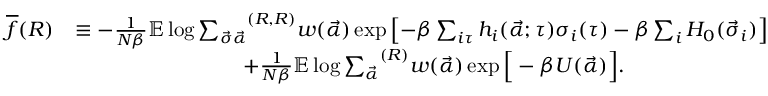
\begin{array} { r l } { \overline { { f } } ( R ) } & { \equiv - \frac { 1 } { N \beta } \mathbb { E } \log { { \sum _ { \vec { \sigma } \vec { \alpha } } } ^ { ( R , R ) } w ( \vec { \alpha } ) \exp { \left[ - \beta \sum _ { i \tau } h _ { i } ( \vec { \alpha } ; \tau ) \sigma _ { i } ( \tau ) - \beta \sum _ { i } H _ { 0 } ( \vec { \sigma } _ { i } ) \right] } } } \\ & { \qquad \qquad \qquad \qquad + \frac { 1 } { N \beta } \mathbb { E } \log { { \sum _ { \vec { \alpha } } } ^ { ( R ) } w ( \vec { \alpha } ) \exp { \Big [ - \beta U ( \vec { \alpha } ) \Big ] } } . } \end{array}